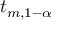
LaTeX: t _ { m , 1 - \alpha }